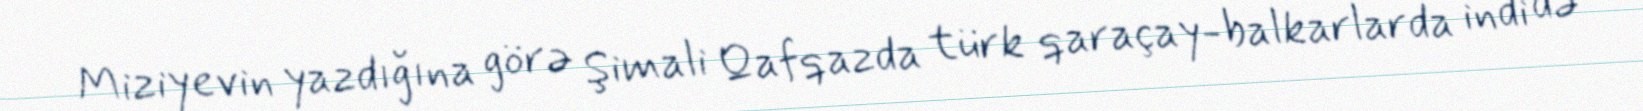
Miziyevin yazdığına görə Şimali Qafqazda türk qaraçay-balkarlarda indi də